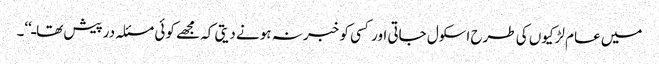
میں عام لڑکیوں کی طرح اسکول جاتی اور کسی کو خبر نہ ہونے دیتی کہ مجھے کوئی مسئلہ درپیش تھاـ‘‘۔